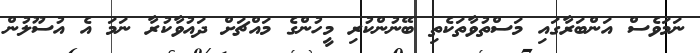
ނަމަވެސް އަންބަރާގައި މަސްތުވާތަކެތި ބޭނުންކުރި މީހުންގެ މައްޗަށް ދައުވާކުރާ ނަމަ އެ އުސޫލުން